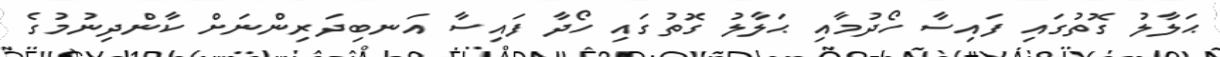
ޙަލާލު ގޮތުގައި ފައިސާ ހޯދުމާއި ޙަލާލު ގޮތުގައި ހޯދާ ފައިސާ އަނބިދަރިންނަށް ކާންދިނުމުގެ